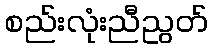
စည်းလုံးညီညွတ်